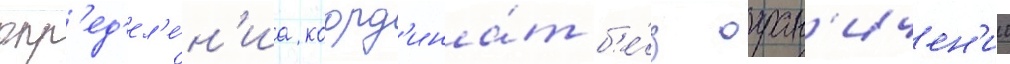
опр'ед'ел'е́н'иа коорд'ина́т б'е́з огран'ичен'ии